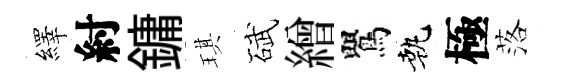
繹紂鏞琪碔繒鸎執極落